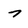
Character: 7